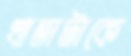
খাতাটাকে